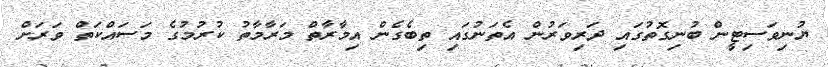
ޔުނިވަސިޓީން ބުނިގޮތުގައި ދަރިވަރުން އެތަނުގައި ތިބެގެން އިމާރާތް މަރާމާތު ކުރުމުގެ މަސައްކަތް ވަރަށް